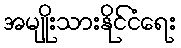
အမျိုးသားနိုင်ငံရေး